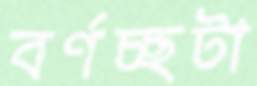
বর্ণচ্ছটা